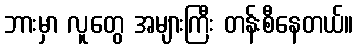
ဘားမှာ လူတွေ အများကြီး တန်းစီနေတယ်။